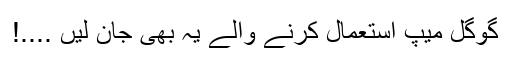
گوگل میپ استعمال کرنے والے یہ بھی جان لیں ....!